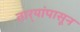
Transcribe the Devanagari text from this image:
तार्‍यांपासून